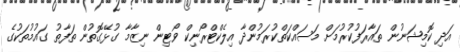
އަދި ކޮމިޝަނުން ތައާރަފުކުރުމަށް މަސައްކަތްކުރަމުންދާ އިލެކްޓްރޯނިކް ވޯޓިން ނިޒާމާ ގުޅޭގޮތުން ތަފާތު ގައުމުތަކުގެ